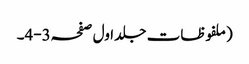
(ملفوظات جلد اول صفحہ3-4۔